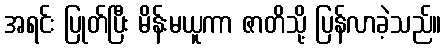
အရင်း ပြုတ်ပြီး မိန်းမယူကာ ဇာတိသို့ ပြန်လာခဲ့သည်။